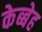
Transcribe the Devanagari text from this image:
केब्बेह